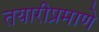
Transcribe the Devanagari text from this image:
तयारीप्रमाणे